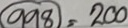
998 = 200